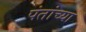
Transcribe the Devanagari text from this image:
पंतांच्या